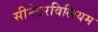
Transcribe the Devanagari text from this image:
सीनेटरविलियम